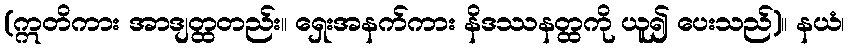
(ဣတိကား အာဒျတ္ထတည်း။ ရှေးအနက်ကား နိဒဿနတ္ထကို ယူ၍ ပေးသည်)။ နယံ၊